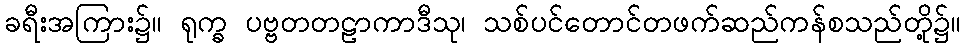
ခရီးအကြား၌။ ရုက္ခ ပဗ္ဗတတဠာကာဒီသု၊ သစ်ပင်တောင်တဖက်ဆည်ကန်စသည်တို့၌။